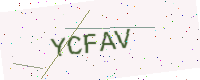
Text: YCFAV